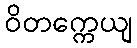
ဝိတက္ကေယျ